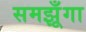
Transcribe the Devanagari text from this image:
समझूँगा